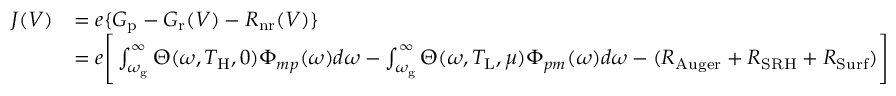
\begin{array} { r l } { J ( V ) } & { = e \{ G _ { \mathrm { p } } - G _ { \mathrm { r } } ( V ) - R _ { \mathrm { n r } } ( V ) \} } \\ & { = e \Biggr [ \int _ { \omega _ { \mathrm { g } } } ^ { \infty } \Theta ( \omega , T _ { \mathrm { H } } , 0 ) \Phi _ { m p } ( \omega ) d \omega - \int _ { \omega _ { \mathrm { g } } } ^ { \infty } \Theta ( \omega , T _ { \mathrm { L } } , \mu ) \Phi _ { p m } ( \omega ) d \omega - ( R _ { \mathrm { A u g e r } } + R _ { \mathrm { S R H } } + R _ { \mathrm { S u r f } } ) \Biggr ] } \end{array}